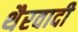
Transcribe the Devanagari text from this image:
थैरवादी